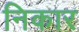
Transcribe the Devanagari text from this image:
निकार